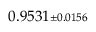
0 . 9 5 3 1 { \scriptstyle \pm 0 . 0 1 5 6 }